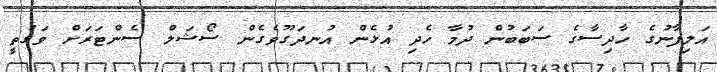
އަލިފާނުގެ ހާދިސާގެ ސަބަބުން ދުމާ ހެދި އުޅެން އުނދަގޫވެގެން ސޯޝަލް ސެންޓަރަށް ވަގުތީ